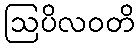
ဩပိလဝတိ